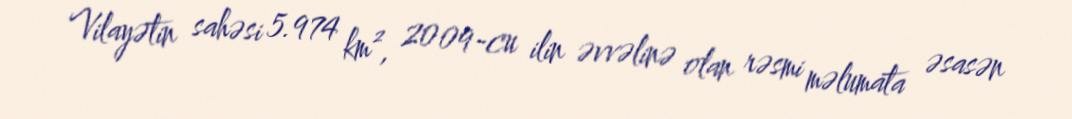
Vilayətin sahəsi 5.974 km², 2009-cu ilin əvvəlinə olan rəsmi məlumata əsasən